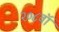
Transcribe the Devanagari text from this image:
२०८वॉ